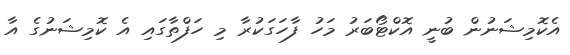
އެކޮމިޝަނުން ބުނީ އޮކްޓޯބަރު މަހު ފާހަގަކުރާ މި ހަފްތާގައި އެ ކޮމިޝަނުގެ އާ